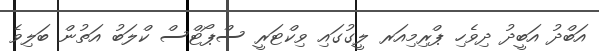
އަބްދު އަބީދު ދިވެހި ޕްރިމިއަރ ލީގުގައި ވިކްޓަރީ ސްޕޯޓްސް ކްލަބު އަތުން ބަލިވެ